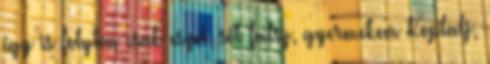
így is folyton csak eszel, sőt falsz, gyermekem Koplalj,